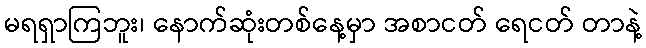
မရရှာကြဘူး၊ နောက်ဆုံးတစ်နေ့မှာ အစာငတ် ရေငတ် တာနဲ့